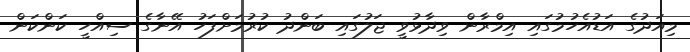
މިއަދުގެ އަޑުއެހުމުގައި އިމްރާން ވިދާޅުވީ ޖަލުގައި ބަންދު ކުރުމަށްފަހު އޭނާގެ ސިއްހީ ކަންކަން